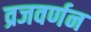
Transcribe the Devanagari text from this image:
व्रजवर्णन